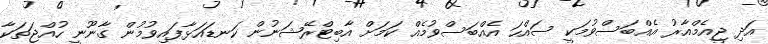
އަދި ޖީއެމްއާރު އެއްބަސްވުމަކީ ސައްހަ އެއްބަސްވުމެއް ކަމަށް އާބިޓްރޭޝަނުން ކަނޑައަޅާފައިވުމުން ގާނޫނީ ހުއްޖަތަކާ